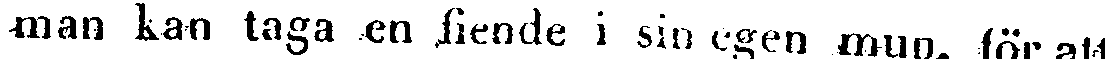
män kan taga en fiende i sin egen mun, för att